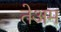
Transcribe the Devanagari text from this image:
तेअम